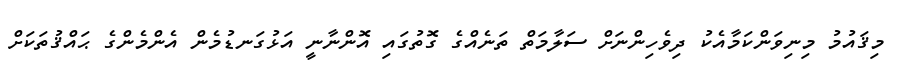
މިޤައުމު މިނިވަންކަމާއެކު ދިވެހިންނަށް ސަލާމަތް ތަނެއްގެ ގޮތުގައި އޮންނާނީ އަޅުގަނޑުމެން އެންމެންގެ ޙައްޤުތަކަށް